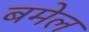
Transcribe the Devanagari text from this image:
बमेल